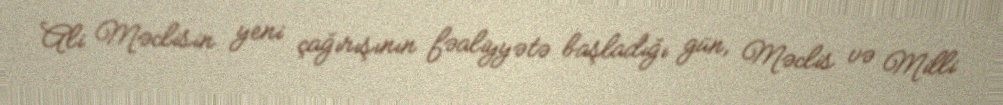
Ali Məclisin yeni çağırışının fəaliyyətə başladığı gün, Məclis və Milli